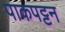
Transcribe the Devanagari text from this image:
पाकपट्टन